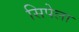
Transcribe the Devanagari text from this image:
सिपेला